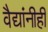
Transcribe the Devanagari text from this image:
वैद्यांनीही